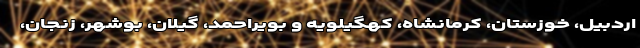
اردبیل، خوزستان، کرمانشاه، کهگیلویه و بویراحمد، گیلان، بوشهر، زنجان،